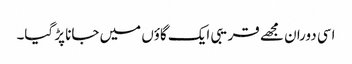
اسی دوران مجھے قریبی ایک گاؤں میں جانا پڑ گیا۔